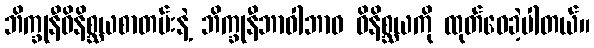
ဘိက္ခုနီဝိနိစ္ဆယစာတမ်းနဲ့ ဘိက္ခုနီဘာဝါဘာဝ ဝိနိစ္ဆယကို ထုတ်ဝေခဲ့ပါတယ်။